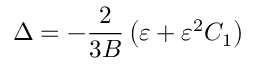
\Delta = - \frac { 2 } { 3 B } \left( \varepsilon + \varepsilon ^ { 2 } C _ { 1 } \right)